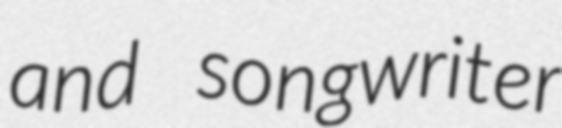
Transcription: and songwriter